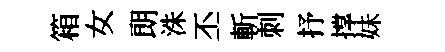
箱女朗洙丕斬刺抒撑妹